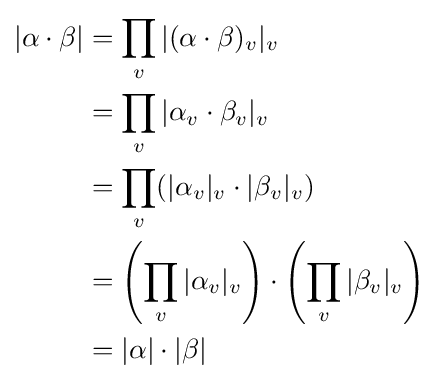
{\begin{aligned}|\alpha \cdot \beta |&=\prod _{v}|(\alpha \cdot \beta )_{v}|_{v}\\&=\prod _{v}|\alpha _{v}\cdot \beta _{v}|_{v}\\&=\prod _{v}(|\alpha _{v}|_{v}\cdot |\beta _{v}|_{v})\\&=\left(\prod _{v}|\alpha _{v}|_{v}\right)\cdot \left(\prod _{v}|\beta _{v}|_{v}\right)\\&=|\alpha |\cdot |\beta |\end{aligned}}